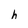
Character: h